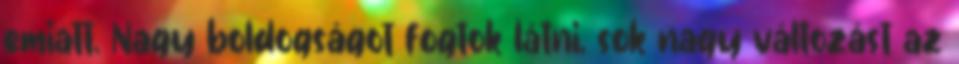
emiatt. Nagy boldogságot fogtok látni, sok nagy változást az